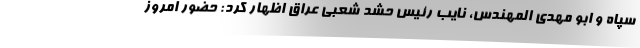
سپاه و ابو مهدی المهندس، نایب رئیس حشد شعبی عراق اظهار کرد: حضور امروز